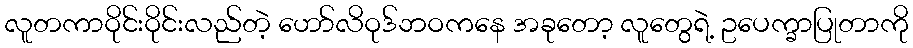
လူတကာဝိုင်းဝိုင်းလည်တဲ့ ဟော်လိဝုဒ်ဘဝကနေ အခုတော့ လူတွေရဲ့ ဥပေက္ခာပြုတာကို